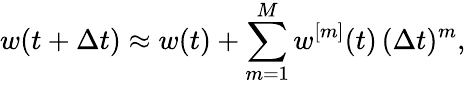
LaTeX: w(t+\Delta t)\approx w(t)+\sum_{m=1}^{M}w^{[m]}(t)\, (\Delta t)^{m},